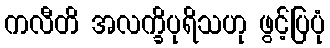
ကလီတိ အလက္ခိပုရိသဟု ဖွင့်ပြပုံ